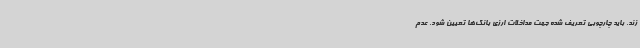
زند. باید چارچوبی تعریف شده جهت مداخلات ارزی بانک‌ها تعیین شود. عدم